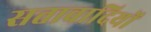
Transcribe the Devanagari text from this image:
सत्तावादियों